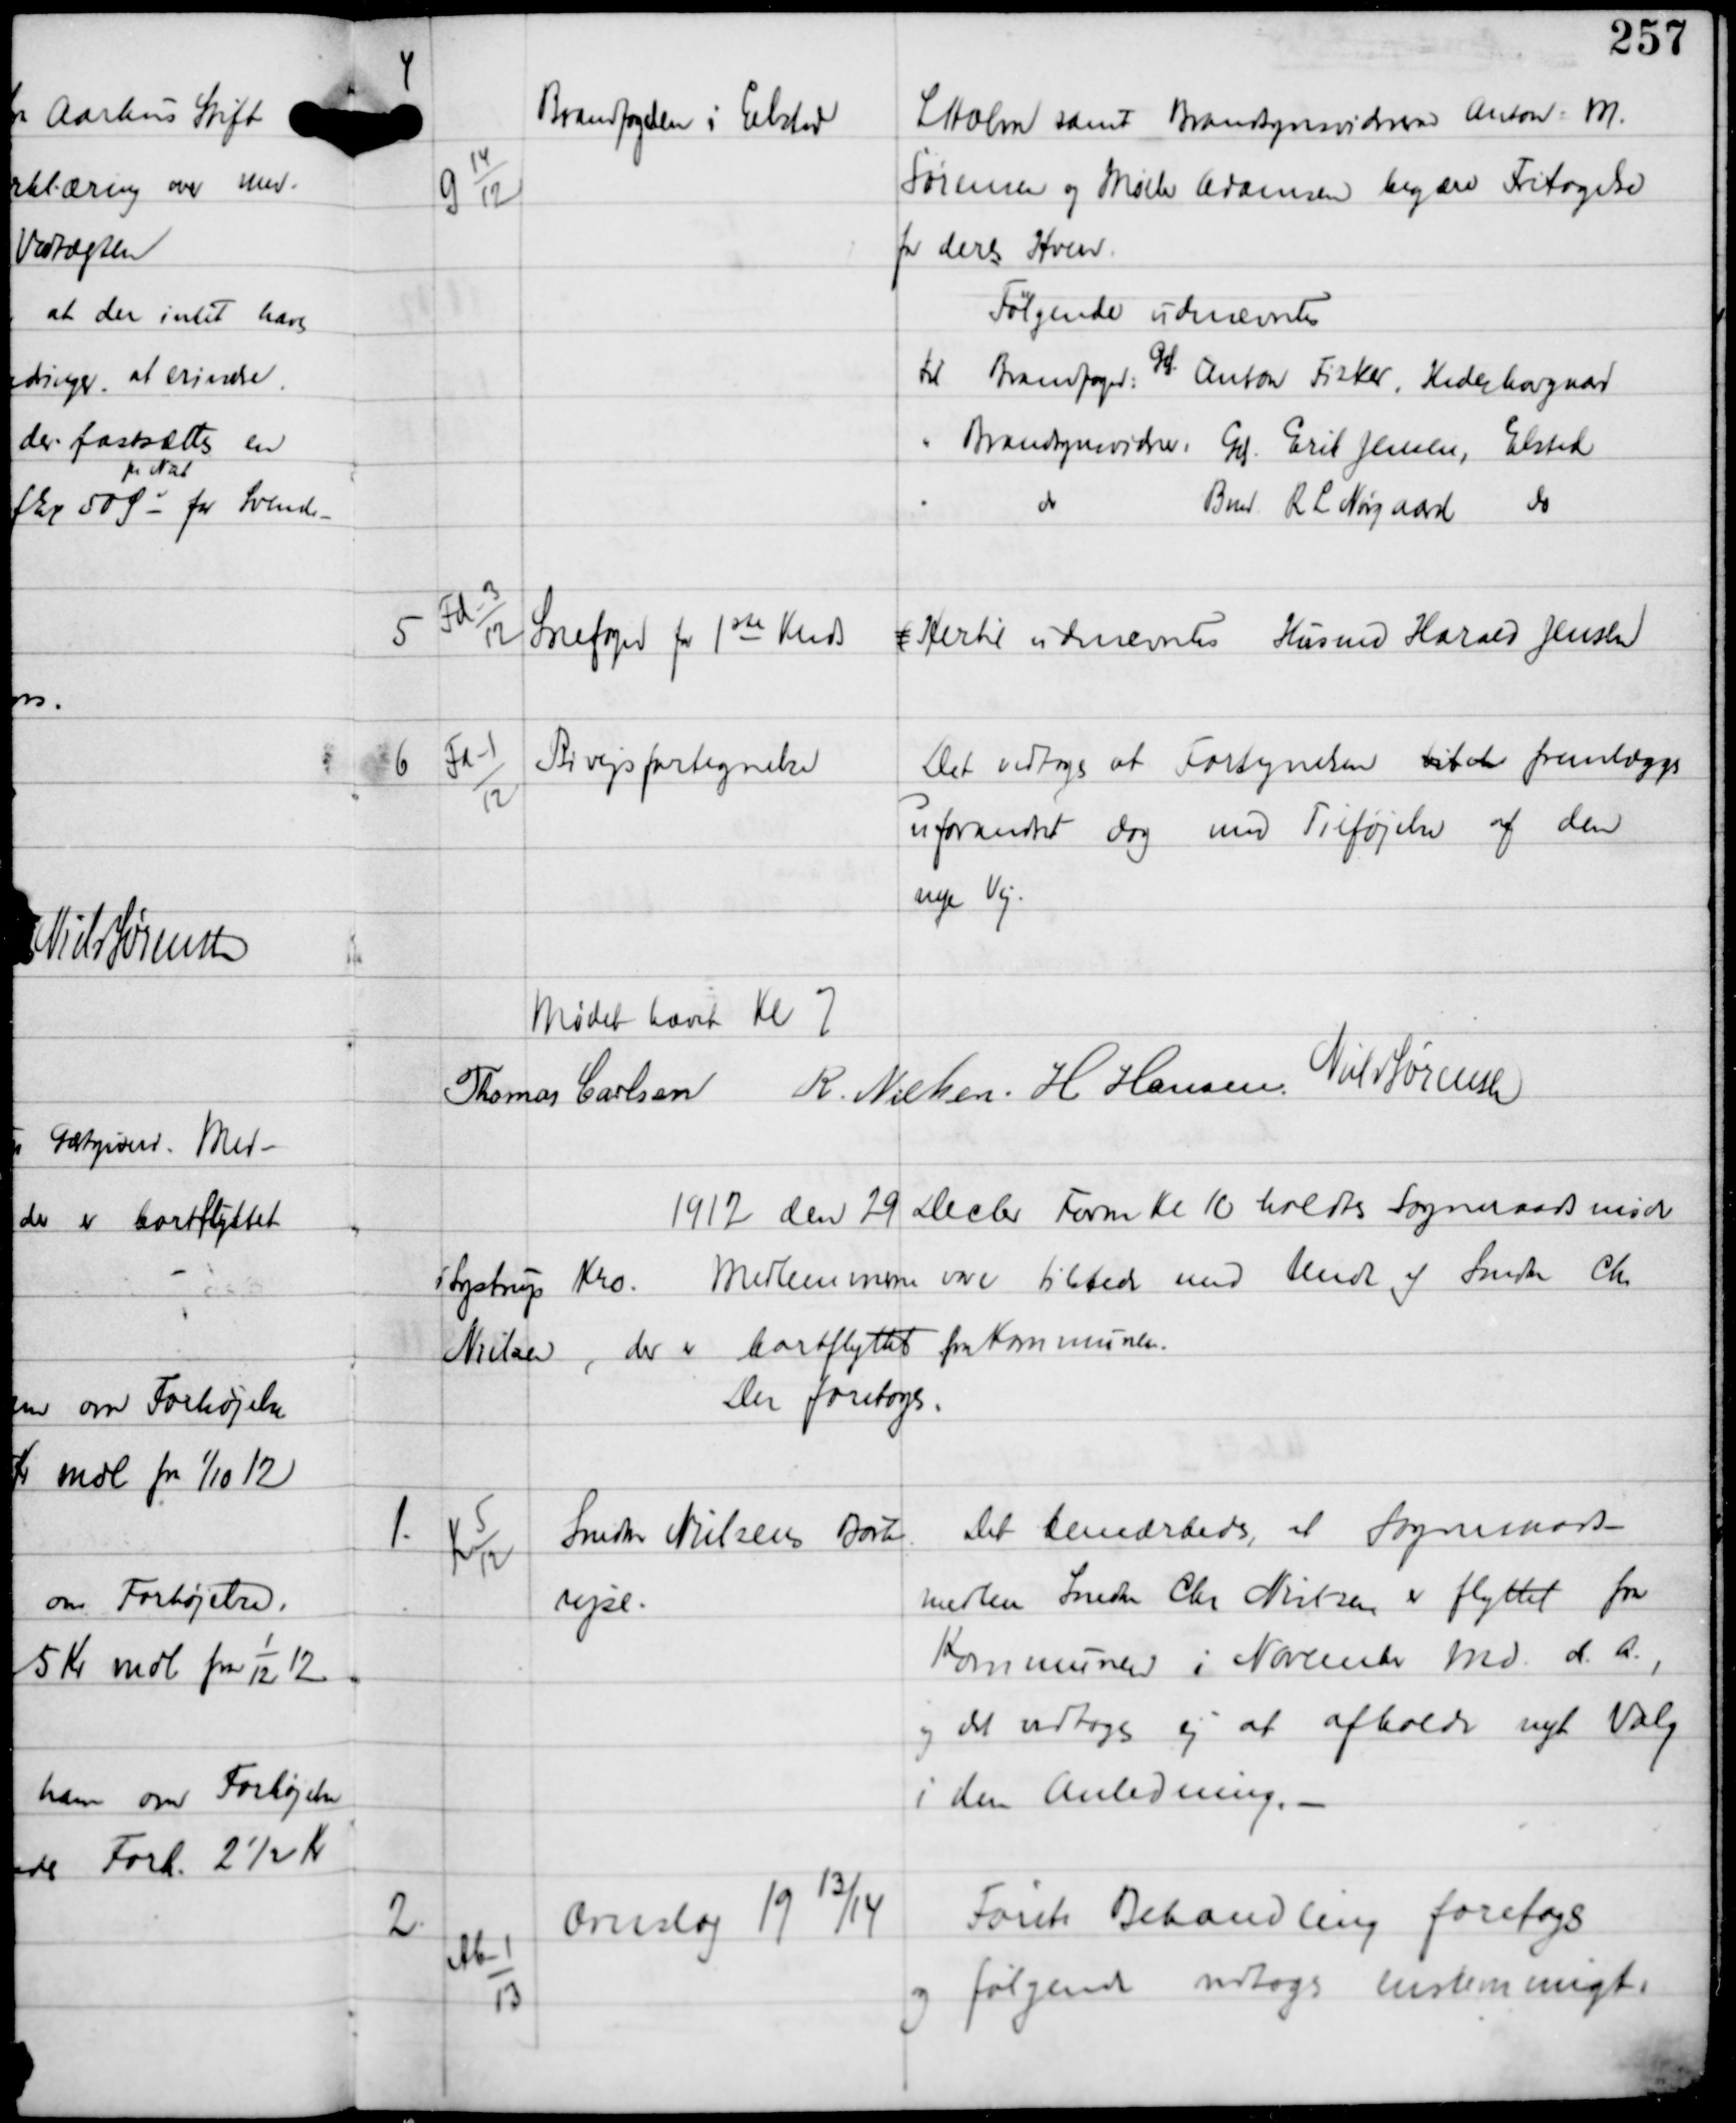
Transskription:
4

G 14
12

Brandfoged i Elsted

L Holm samt Brandsynsvidnerne Anton M.
Sørensen og Møller Abramsen begærer Fritagelse
fra deres Hverv.
Følgende udnævntes
til Brandfoged: Gdr Anton Fisker, Hedeskovgaard
" Brandssynsvidne: Gdr Erik Jensen, Elsted
" do Bud R L Nørgaard, do

5

Fd-3
12

Snefoged for 1ste Kreds

( Hertil udnævntes Husmand Harald Jensen

6

Fd-1
12

Bivejsfortegnelse

Det vedtoges at Fortegnelsen til der fremlægges
uforandret dog med Tilføjelse af den
nye Vej.

Mødet hævet Kl 7
Thomas Carlsen R Nielsen H Hansen Niels Sørensen

1912 den 29 Decbr Form Kl 10 holdtes Sogneraadsmøde
i Lystrup Kro. Medlemmerne vare tilstede med Undt af Snedker Chr
Nielsen, der er bortflyttet fra Kommunen.
Der foretoges:

1.

K 5
12

Snedker Nielsens Bort-
rejse.

Det bemærkedes, at Sogneraads-
medlem Snedker Chr Nielsen er flyttet fra
Kommunen i November md d.A.,
og det vedtoges ej at afholde nyt Valg
i den Anledning. -

2.

Ab-1
13

Overslag 19
13
/14

Første Behandling foretoges
og følgende vedtoges enstemmigt: